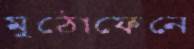
মুঠোফেনে